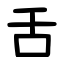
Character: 舌